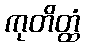
ကုတိတ္ထံ